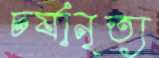
চর্যানৃত্য